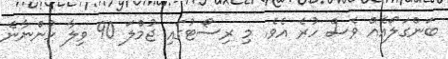
ބަންގަލޯއެއް ވެސް ހުރެ އެވެ. މި ރިސޯޓުގައި ޖުމްލަ 90 ވިލާ ހުންނާނެ